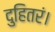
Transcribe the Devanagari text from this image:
दुहितरं।